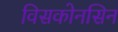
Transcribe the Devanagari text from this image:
विसकोनसिन